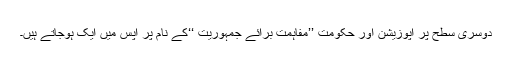
دوسری سطح پر اپوزیشن اور حکومت ’’مفاہمت برائے جمہوریت ‘‘کے نام پر آپس میں ایک ہوجاتے ہیں۔